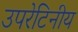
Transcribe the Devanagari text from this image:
उपरेटिनीय